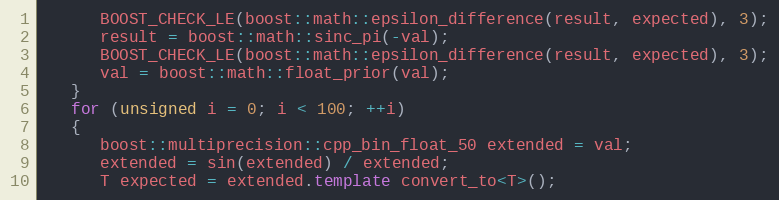
Language: C++
      BOOST_CHECK_LE(boost::math::epsilon_difference(result, expected), 3);
      result = boost::math::sinc_pi(-val);
      BOOST_CHECK_LE(boost::math::epsilon_difference(result, expected), 3);
      val = boost::math::float_prior(val);
   }
   for (unsigned i = 0; i < 100; ++i)
   {
      boost::multiprecision::cpp_bin_float_50 extended = val;
      extended = sin(extended) / extended;
      T expected = extended.template convert_to<T>();